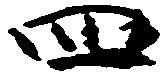
四